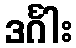
ဒင်္ဂါး